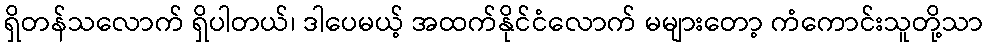
ရှိတန်သလောက် ရှိပါတယ်၊ ဒါပေမယ့် အထက်နိုင်ငံလောက် မများတော့ ကံကောင်းသူတို့သာ